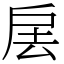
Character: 㧁